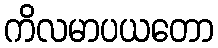
ကိလမာပယတော